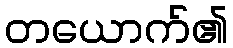
တယောက်၏